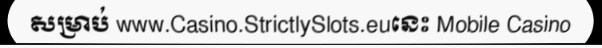
សម្រាប់ www.Casino.StrictlySlots.euនេះ Mobile Casino